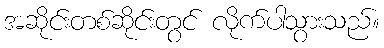
အဆိုင်းတစ်ဆိုင်းတွင် လိုက်ပါသွားသည်။